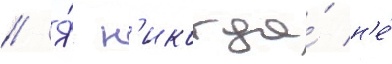
// Я́ н'икогда́ н'е́